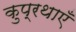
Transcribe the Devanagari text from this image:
कुप्रथाएँ